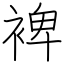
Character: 裨